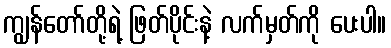
ကျွန်တော်တို့ရဲ့ ဖြတ်ပိုင်းနဲ့ လက်မှတ်ကို ပေးပါ။